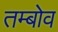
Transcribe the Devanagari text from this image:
तम्बोव